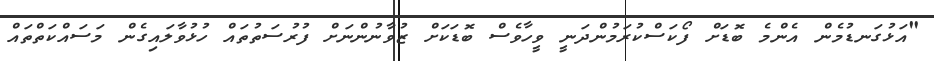
"އަޅުގަނޑުމެން އެންމެ ބޮޑަށް ފޯކަސްކުރަމުންދަނީ ވީހާވެސް ބޮޑަކަށް ޒުވާނުންނަށް ފުރުސަތުތައް ހުޅުވާލައިގެން މަސައްކަތްތައް